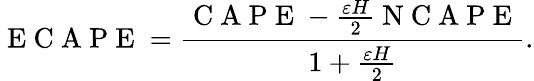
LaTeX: \mathrm{~E~C~A~P~E~}=\frac{\mathrm{~C~A~P~E~}-\frac{\varepsilon H}{2}\mathrm{~N~C~A~P~E~}}{1+\frac{\varepsilon H}{2}}.